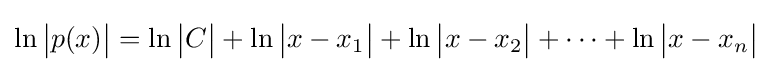
\ln {\bigl |}p(x){\bigr |}=\ln {\bigl |}C{\bigr |}+\ln {\bigl |}x-x_{1}{\bigr |}+\ln {\bigl |}x-x_{2}{\bigr |}+\cdots +\ln {\bigl |}x-x_{n}{\bigr |}